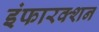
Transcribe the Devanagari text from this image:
इंफारक्शन